Lunatic asylums in Bengal annual reports 1888-1898 - 1888-1898
Year: 1888
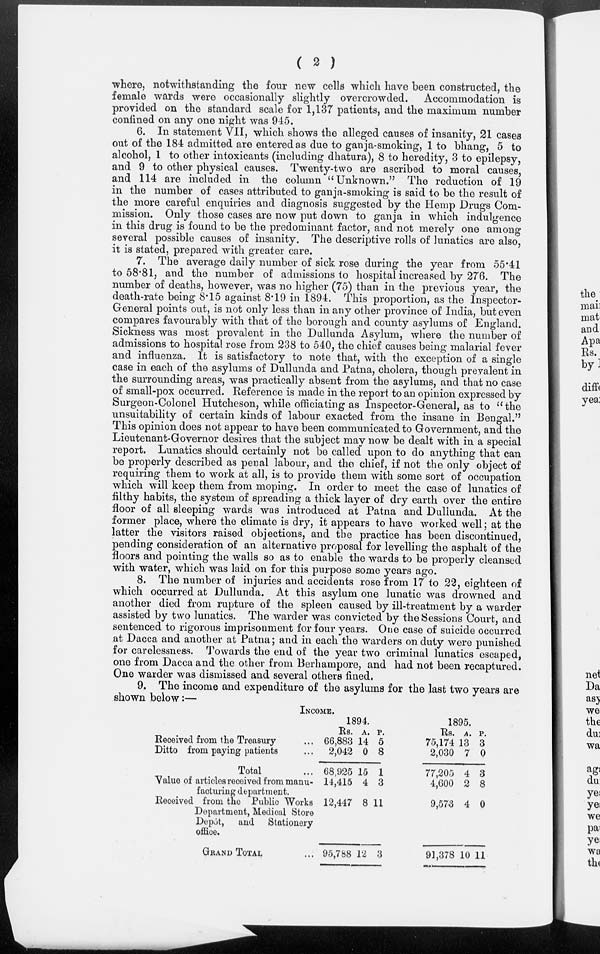
( 2 )
where, notwithstanding the four new cells which have been constructed, the
female wards were occasionally slightly overcrowded. Accommodation is
provided on the standard scale for 1,137 patients, and the maximum number
confined on any one night was 945.
6. In statement VII, which shows the alleged causes of insanity, 21 cases
out of the 184 admitted are entered as due to ganja-smoking, 1 to bhang, 5 to
alcohol, 1 to other intoxicants (including dhatura), 8 to heredity, 3 to epilepsy,
and 9 to other physical causes. Twenty-two are ascribed to moral causes,
and 114 are included in the column “ Unknown.” The reduction of 19
in the number of cases attributed to ganja-smoking is said to be the result of
the more careful enquiries and diagnosis suggested by the Hemp Drugs Com-
mission. Only those cases are now put down to ganja in which indulgence
in this drug is found to be the predominant factor, and not merely one among
several possible causes of insanity. The descriptive rolls of lunatics are also,
it is stated, prepared with greater care.
7. The average daily number of sick rose during the year from 55.41
to 58.81, and the number of admissions to hospital increased by 276. The
number of deaths, however, was no higher (75) than in the previous year, the
death-rate being 8.15 against 8.19 in 1894. This proportion, as the Inspector-
General points out, is not only less than in any other province of India, but even
compares favourably with that of the borough and county asylums of England.
Sickness was most prevalent in the Dullunda Asylum, where the number of
admissions to hospital rose from 238 to 540, the chief causes being malarial fever
and influenza. It is satisfactory to note that, with the exception of a single
case in each of the asylums of Dullunda and Patna, cholera, though prevalent in
the surrounding areas, was practically absent from the asylums, and that no case
of small-pox occurred. Reference is made in the report to an opinion expressed by
Surgeon-Colonel Hutcheson, while officiating as Inspector-General, as to “the
unsuitability of certain kinds of labour exacted from the insane in Bengal.”
This opinion does not appear to have been communicated to Government, and the
Lieutenant-Governor desires that the subject may now be dealt with in a special
report. Lunatics should certainly not be called upon to do anything that can
be properly described as penal labour, and the chief, if not the only object of
requiring them to work at all, is to provide them with some sort of occupation
which will keep them from moping. In order to meet the case of lunatics of
filthy habits, the system of spreading a thick layer of dry earth over the entire
floor of all sleeping wards was introduced at Patna and Dullunda. At the
former place, where the climate is dry, it appears to have worked well; at the
latter the visitors raised objections, and the practice has been discontinued,
pending consideration of an alternative proposal for levelling the asphalt of the
floors and pointing the walls so as to enable the wards to be properly cleansed
with water, which was laid on for this purpose some years ago.
8. The number of injuries and accidents rose from 17 to 22, eighteen of
which occurred at Dullunda. At this asylum one lunatic was drowned and
another died from rupture of the spleen caused by ill-treatment by a warder
assisted by two lunatics. The warder was convicted by the Sessions Court, and
sentenced to rigorous imprisonment for four years. One case of suicide occurred
at Dacca and another at Patna; and in each the warders on duty were punished
for carelessness. Towards the end of the year two criminal lunatics escaped,
one from Dacca and the other from Berhampore, and had not been recaptured.
One warder was dismissed and several others fined.
9. The income and expenditure of the asylums for the last two years are
shown below:—
INCOME.
Received from the Treasury
Ditto from paying patients
Total
Value of articles received from manu-
facturing department.
Received from the Public Works
Department, Medical Store
Depot, and Stationery
office.
GRAND TOTAL
1894.
Rs.
66,883
2,042
68,925
14,415
12,447
95,788
A.
14
0
15
4
8
12
P.
5
8
1
3
11
3
1895.
Rs.
75,174
2,030
77,205
4,600
9,573
91,378
A.
13
7
4
2
4
10
P.
3
0
3
8
0
11